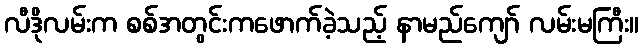
လီဒိုလမ်းက စစ်အတွင်းကဖောက်ခဲ့သည့် နာမည်ကျော် လမ်းမကြီး။